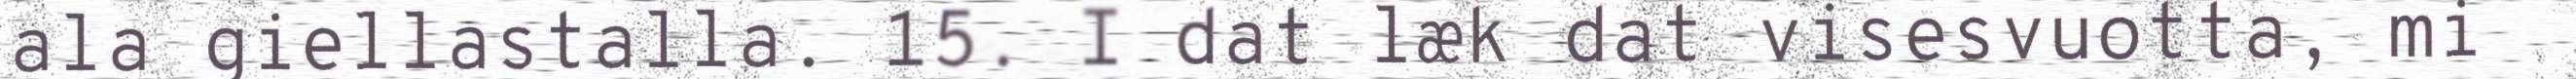
ala giellastalla. 15. I dat læk dat visesvuotta, mi